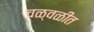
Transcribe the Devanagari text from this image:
चळ्वळीत